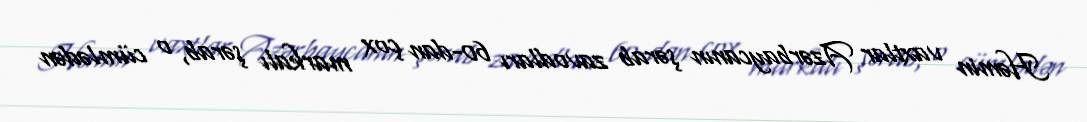
Həmin vaxtlar Azərbaycanın şərab zavodları 60-dan çox markalı şərab, o cümlədən